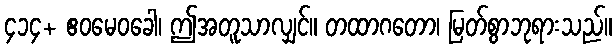
၄၁၄+ ဧဝမေဝခေါ၊ ဤအတူသာလျှင်။ တထာဂတော၊ မြတ်စွာဘုရားသည်။